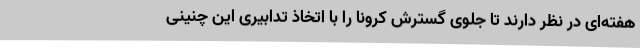
هفته‌ای در نظر دارند تا جلوی گسترش کرونا را با اتخاذ تدابیری این چنینی